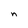
Character: n